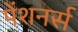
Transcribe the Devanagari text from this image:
पेंशनर्स